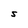
Character: S